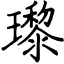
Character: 瓈